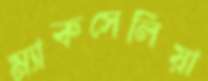
ম্যাকসেলিয়া